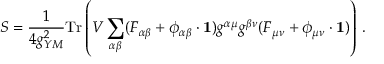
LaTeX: S = \frac { 1 } { 4 g _ { Y M } ^ { 2 } } \mathrm { T r } \left( V \sum _ { \alpha \beta } ( F _ { \alpha \beta } + \phi _ { \alpha \beta } \cdot { \bf 1 } ) g ^ { \alpha \mu } g ^ { \beta \nu } ( F _ { \mu \nu } + \phi _ { \mu \nu } \cdot { \bf 1 } ) \right) \, .